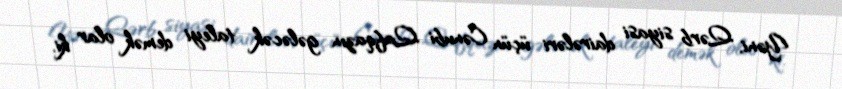
Yəni, Qərb siyasi dairələri üçün Cənubi Qafqazın gələcək taleyi demək olar ki,